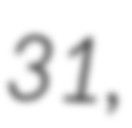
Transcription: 31,